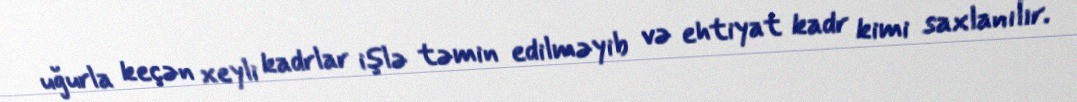
uğurla keçən xeyli kadrlar işlə təmin edilməyib və ehtiyat kadr kimi saxlanılır.